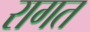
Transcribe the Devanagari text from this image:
रागत